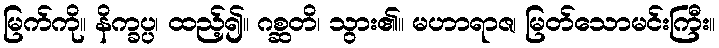
မြက်ကို။ နိက္ခပ္ပ၊ ထည့်၍။ ဂစ္ဆတိ၊ သွား၏။ မဟာရာဇ၊ မြတ်သောမင်းကြီး။